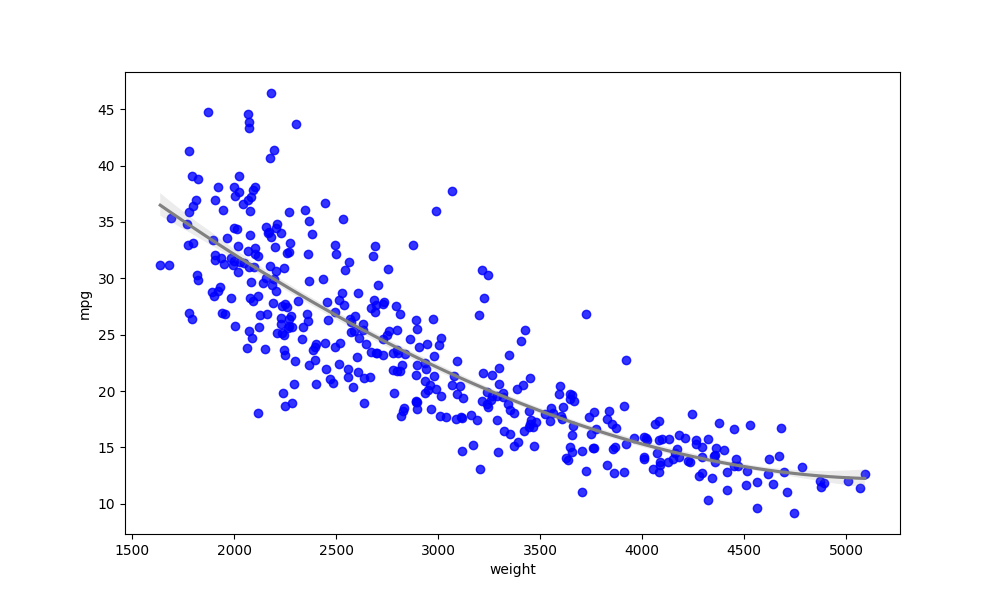
python, seaborn, regplot, order=3, ci=68, scatter_color=blue, line_color=gray